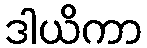
ဒါယိကာ